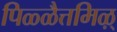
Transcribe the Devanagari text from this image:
पिळ्ळैत्तमिऴ्